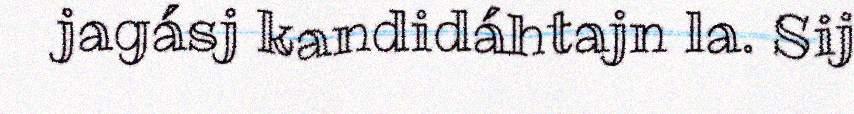
jagásj kandidáhtajn la. Sij